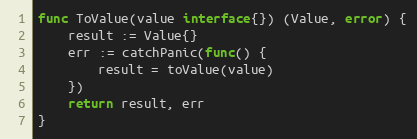
Language: Go
func ToValue(value interface{}) (Value, error) {
	result := Value{}
	err := catchPanic(func() {
		result = toValue(value)
	})
	return result, err
}